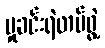
မှုခင်းရဲတပ်ဖွဲ့